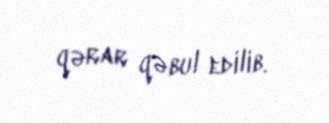
qərar qəbul edilib.